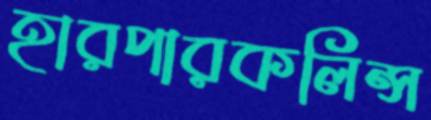
হারপারকলিন্স